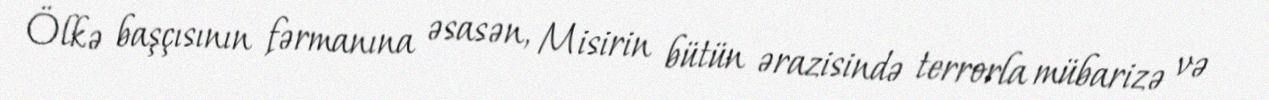
Ölkə başçısının fərmanına əsasən, Misirin bütün ərazisində terrorla mübarizə və